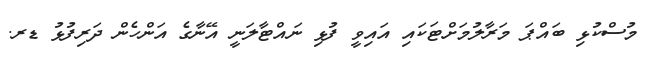
މުސްކުޅި ބައްޕަ މަރާލުމަށްޓަކައި އައިވީ ފުޅި ނައްޓާލަނީ އޭނާގެ އަންހެން ދަރިފުޅު ޑރ.